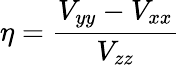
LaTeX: \eta={\frac{V_{yy}-V_{xx}}{V_{zz}}}